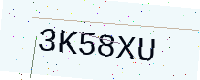
Text: 3K58XU